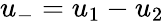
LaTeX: u_{-}=u_{1}-u_{2}